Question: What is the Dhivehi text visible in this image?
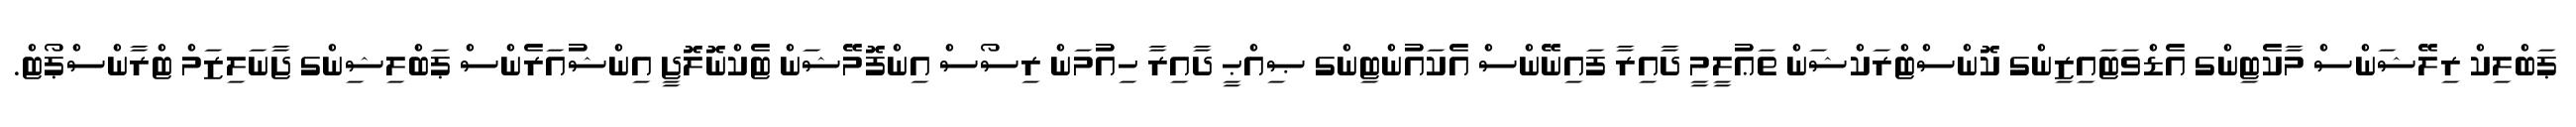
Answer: ޕަބްލިކް ރިލޭޝަންސް މާކެޓިންގ އެޑްވަޓައިޒިންގ ކޮންސްޓްރަކްޝަން ތަޢުލީމީ ދާއިރާ ފައިނޭންސް އެކައުންޓިންގ ޞިއްޙީ ދާއިރާ ހިއުމަން ރިސޯސް އިންފޮމޭޝަން ޓެކްނޮލޮޖީ އިންޝުއަރެންސް ޕަބްލިޝިންގ ޖާނަލިޒަމް ޓްރާންސްޕޯޓް.